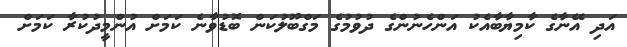
އަދި އޭނާގެ ކާމިޔާބާއެކު އަންހެނުންގެ ދުވުމުގެ މަގްބޫލުކަން ބޮޑުވާނެ ކަމަށް އުންމީދުކުރާ ކަމަށް